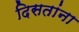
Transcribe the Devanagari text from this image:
दिसतांना